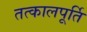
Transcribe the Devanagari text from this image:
तत्कालपूर्ति